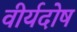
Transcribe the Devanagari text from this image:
वीर्यदोष